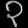
Digit: ၃